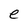
Character: e